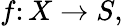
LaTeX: f\colon X\rightarrow S,